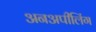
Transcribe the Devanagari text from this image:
अनअपीलिंग